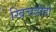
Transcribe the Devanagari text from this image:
खिचडीही